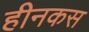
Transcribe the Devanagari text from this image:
हीनकस